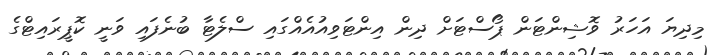
މިދިޔަ އަހަރު ވޮޝިންޓަން ޕޯސްޓަށް ދިން އިންޓަވިއުއެއްގައި ސްލެޓާ ބުނެފައި ވަނީ ކޮޕީރައިޓްގެ